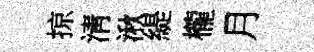
掠淸湫緹櫳月